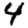
Digit: 4